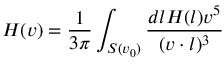
H ( v ) = { \frac { 1 } { 3 \pi } } \int _ { S ( v _ { 0 } ) } { \frac { d l H ( l ) v ^ { 5 } } { ( v \cdot l ) ^ { 3 } } }